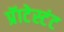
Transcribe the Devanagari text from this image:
प्रॅाटेस्टंट